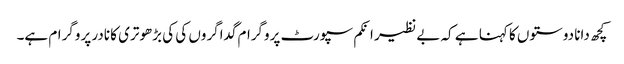
کچھ دانا دوستوں کا کہنا ہے کہ بے نظیر انکم سپورٹ پروگرام گداگروں کی کی بڑھوتری کا نادر پروگرام ہے۔